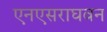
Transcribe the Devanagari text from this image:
एनएसराघवन